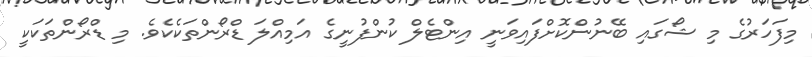
މިފަހަރުގެ މި ޝޯގައި ބޭނުންކޮށްފައިވަނީ އިންޓެލް ކުންފުނީގެ އަމިއްލަ ޑްރޯންތަކެކެވެ. މި ޑްރޯންތަކަކީ